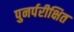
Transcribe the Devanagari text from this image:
पुनर्परीक्षित